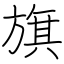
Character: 旗